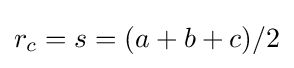
r_{c}=s=(a+b+c)/2